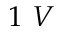
1 \ V